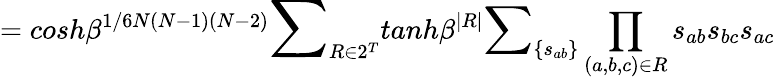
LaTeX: =cosh\beta^{1/6N(N-1)(N-2)}{\Large\sum}_{R\in 2^{T}}tanh\beta^{|R|}{\large\sum}_{\{ s_{ab}\} }\prod_{(a,b,c)\in R}s_{ab}s_{bc}s_{ac}